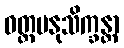
ဝတ္တမနုသိက္ခန္တာ